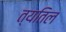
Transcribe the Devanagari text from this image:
त्यतिल